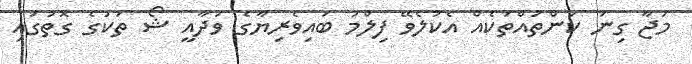
މަޖާ ގިނަ ކަންތައްތަކެއް އެކުލެވޭ ފިލްމު ބައިވެރިޔާގެ ވަދާއީ ޝޯ ތަކުގެ ގޮތުގައި